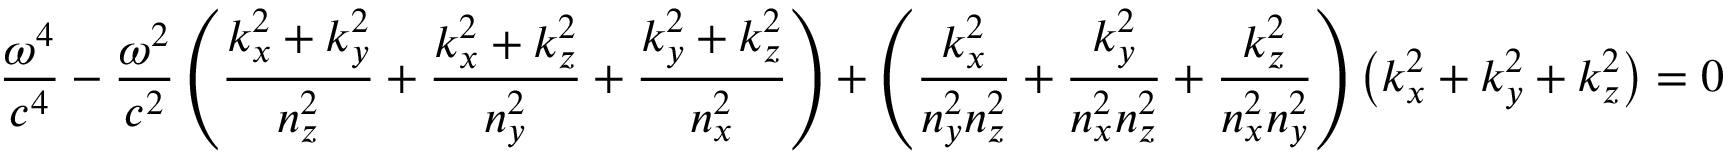
{ \frac { \omega ^ { 4 } } { c ^ { 4 } } } - { \frac { \omega ^ { 2 } } { c ^ { 2 } } } \left( { \frac { k _ { x } ^ { 2 } + k _ { y } ^ { 2 } } { n _ { z } ^ { 2 } } } + { \frac { k _ { x } ^ { 2 } + k _ { z } ^ { 2 } } { n _ { y } ^ { 2 } } } + { \frac { k _ { y } ^ { 2 } + k _ { z } ^ { 2 } } { n _ { x } ^ { 2 } } } \right) + \left( { \frac { k _ { x } ^ { 2 } } { n _ { y } ^ { 2 } n _ { z } ^ { 2 } } } + { \frac { k _ { y } ^ { 2 } } { n _ { x } ^ { 2 } n _ { z } ^ { 2 } } } + { \frac { k _ { z } ^ { 2 } } { n _ { x } ^ { 2 } n _ { y } ^ { 2 } } } \right) \left( k _ { x } ^ { 2 } + k _ { y } ^ { 2 } + k _ { z } ^ { 2 } \right) = 0